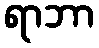
ရာဘာ